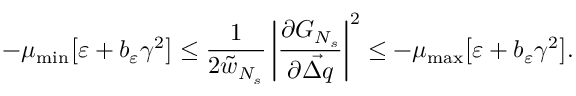
- \mu _ { \mathrm { m i n } } \big [ \varepsilon + b _ { \varepsilon } \gamma ^ { 2 } \big ] \leq \frac { 1 } { 2 \tilde { w } _ { N _ { s } } } \left\vert \frac { \partial G _ { N _ { s } } } { \partial \vec { \Delta q } } \right\vert ^ { 2 } \leq - \mu _ { \mathrm { m a x } } \big [ \varepsilon + b _ { \varepsilon } \gamma ^ { 2 } \big ] .